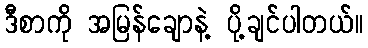
ဒီစာကို အမြန်ချောနဲ့ ပို့ချင်ပါတယ်။